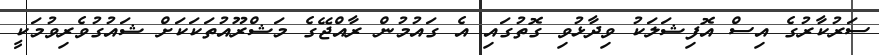
ސަރުކާރުގެ އިސް އޮފިޝަލަކު ވިދާޅުވި ގޮތުގައި އެ ގައުމުން ރާއްޖޭގެ މަޝްރޫއުތަކަކަށް ޝައުގުވެރިވުމަކީ